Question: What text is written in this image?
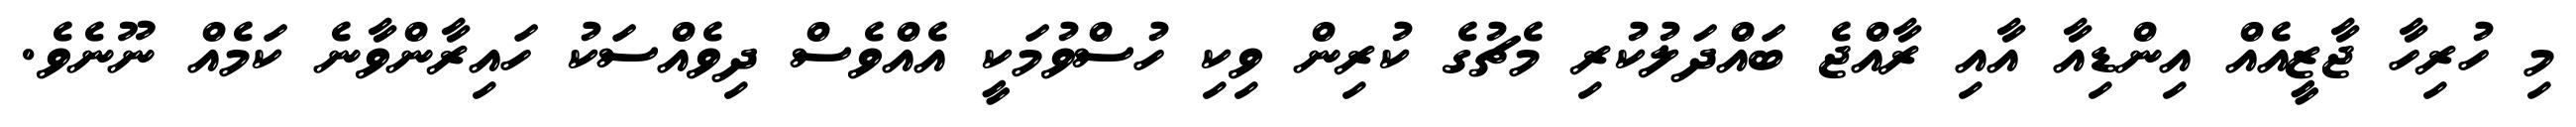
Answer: މި ހުރިހާ ޖާޒީއެއް އިންޑިއާ އާއި ރާއްޖެ ބައްދަލުކުރި މެޗުގެ ކުރިން ވިކި ހުސްވުމަކީ އެއްވެސް ދިވެއްސަކު ހައިރާންވާނެ ކަމެއް ނޫނެވެ.